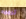
ترجمه